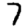
Digit: 7